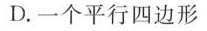
D.一个平行四边形